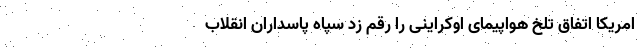
امریکا اتفاق تلخ هواپیمای اوکراینی را رقم زد سپاه پاسداران انقلاب